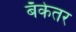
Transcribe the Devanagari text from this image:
बँकेतर